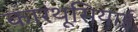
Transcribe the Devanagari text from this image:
कारथूसियाई